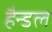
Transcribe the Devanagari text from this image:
हैन्डल